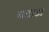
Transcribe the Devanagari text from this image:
वटाटा